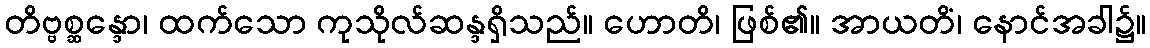
တိဗ္ဗစ္ဆန္ဒော၊ ထက်သော ကုသိုလ်ဆန္ဒရှိသည်။ ဟောတိ၊ ဖြစ်၏။ အာယတိံ၊ နောင်အခါ၌။